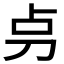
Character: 𠛤